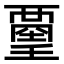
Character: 𧟿